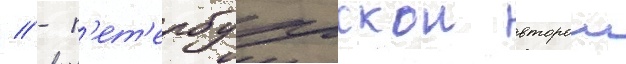
// - п'ет'ербургскои второи